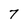
Character: 7